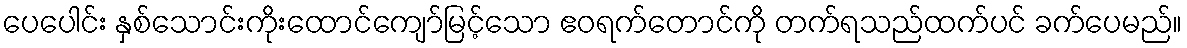
ပေပေါင်း နှစ်သောင်းကိုးထောင်ကျော်မြင့်သော ဧဝရက်တောင်ကို တက်ရသည်ထက်ပင် ခက်ပေမည်။